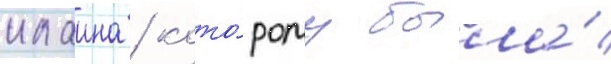
клаина / кото́рому была́